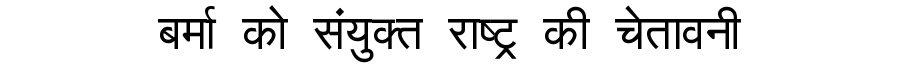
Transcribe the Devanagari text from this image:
बर्मा को संयुक्त राष्ट्र की चेतावनी